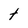
Character: t